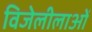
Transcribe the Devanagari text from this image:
विजेलीलाओं